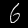
Digit: 6